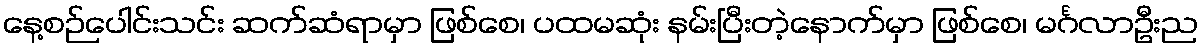
နေ့စဉ်ပေါင်းသင်း ဆက်ဆံရာမှာ ဖြစ်စေ၊ ပထမဆုံး နမ်းပြီးတဲ့နောက်မှာ ဖြစ်စေ၊ မင်္ဂလာဦးည